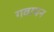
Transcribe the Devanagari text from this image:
गवायन